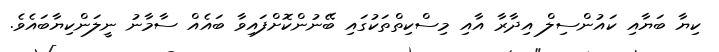
ކިޔާ ބަޔާއި ކައުންސިލް އިދާރާ އާއި މިސްކިތްތަކުގައި ބޭނުންކޮށްފައިވާ ބައެއް ސާމާނު ނީލަންކިޔާބައެވެ.